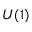
U ( 1 )